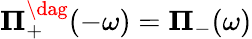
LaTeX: \mathbf{\Pi}_{+}^{\dag}(-\omega)=\mathbf{\Pi}_{-}(\omega)